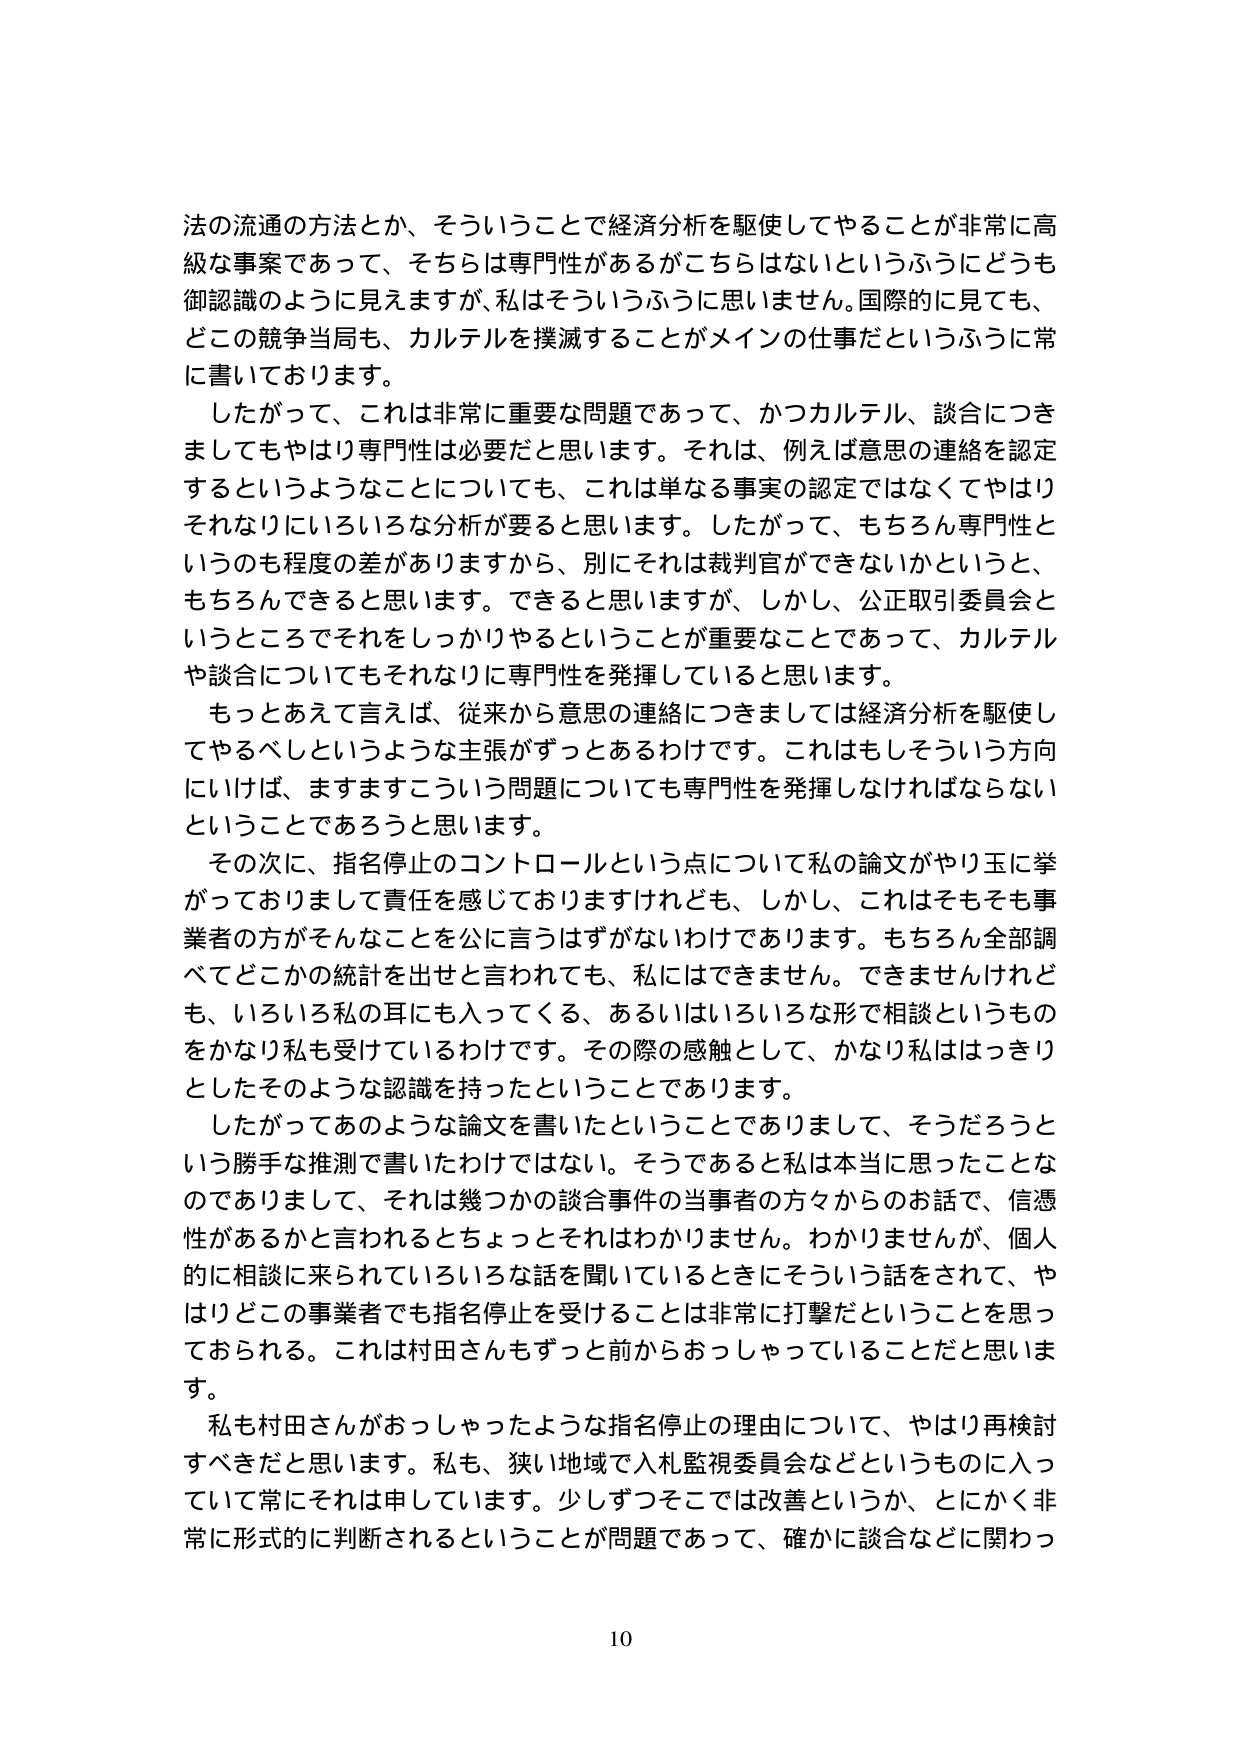
法の流通の方法とか、そういうことで経済分析を駆使してやることが非常に高級な事案であって、そちらは専門性があるがこちらはないというふうにどうも御認識のように見えますが、私はそういうふうに思いません。国際的に見ても、どこの競争当局も、カルテルを撲滅することがメインの仕事だというふうに常に書いております。

したがって、これは非常に重要な問題であって、かつカルテル、談合につきましてもやはり専門性は必要だと思います。それは、例えば意思の連絡を認定するというようなことについても、これは単なる事実の認定ではなくてやはりそれなりにいろいろな分析が要ると思います。したがって、もちろん専門性というのも程度の差がありますから、別にそれは裁判官ができないかというと、もちろんできると思います。できると思いますが、しかし、公正取引委員会というところでそれをしっかりやるということが重要なことであって、カルテルや談合についてもそれなりに専門性を発揮していると思います。

もっとあえて言えば、従来から意思の連絡につきましては経済分析を駆使してやるべしというような主張がずっとあるわけです。これはもしそういう方向にいけば、ますますこういう問題についても専門性を発揮しなければならないということであろうと思います。

その次に、指名停止のコントロールという点について私の論文がやり玉に挙がっておりまして責任を感じておりますけれども、しかし、これはそもそも事業者の方がそんなことを公に言うはずがないわけであります。もちろん全部調べてどこかの統計を出せと言われても、私にはできません。できませんけれども、いろいろ私の耳にも入ってくる、あるいはいろいろな形で相談というものをかなり私も受けているわけです。その際の感触として、かなり私ははっきりとしたそのような認識を持ったということでありります。

したがってあのような論文を書いたということでありまして、そうだろうという勝手な推測で書いたわけではない。そうであると私は本当に思ったことなのでありまして、それは幾つかの談合事件の当事者の方々からのお話で、信憑性があるかと言われるとちょっとそれはわかりません。わかりませんが、個人的に相談に来られているいろいろな話を聞いているときにそういう話をされて、やはりどこの事業者でも指名停止を受けることは非常に打撃だということを思っておられる。これは村田さんもずっと前からおっしゃっていることだと思います。

私も村田さんがおっしゃったような指名停止の理由について、やはり再検討すべきだと思います。私も、狭い地域で入札監視委員会などというものに入っていて常にそれは申しています。少しずつそこでは改善というか、とにかく非常に形式的に判断されるということが問題であって、確かに談合などに関わっ

10